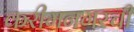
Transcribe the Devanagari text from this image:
करीमनगरची